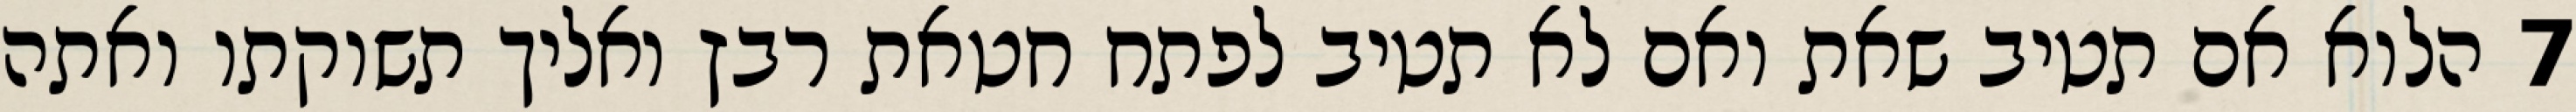
‎7‏ הלוא אם תטיב שאת ואם לא תטיב לפתח חטאת רבץ ואליך תשוקתו ואתה